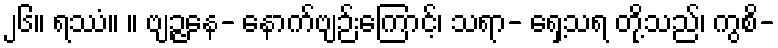
၂၆။ ရဿံ။ ။ ဗျဉ္ဇနေ- နောက်ဗျဉ်းကြောင့်၊ သရာ- ရှေ့သရ တို့သည်၊ ကွစိ-